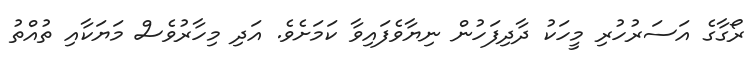
ރޯގާގެ އަސަރުހުރި މީހަކު ދާދިފަހުން ނިޔާވެފައިވާ ކަމަށެވެ. އަދި މިހާރުވެސް މަޔަކާއި ތުއްތު